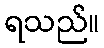
ရသည်။